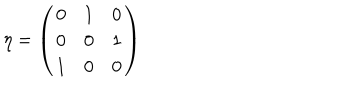
\eta = \left( \begin{array} { c c c } { { 0 } } & { { 1 } } & { { 0 } } \\ { { 0 } } & { { 0 } } & { { 1 } } \\ { { 1 } } & { { 0 } } & { { 0 } } \\ \end{array} \right)